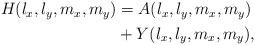
LaTeX: \begin{align*}\begin{aligned}H(l_x,l_y,m_x,m_y)&={A}(l_x,l_y,m_x,m_y)\\&+{Y}(l_x,l_y,m_x,m_y),\end{aligned}\end{align*}